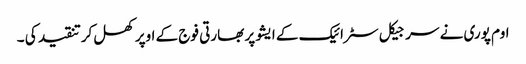
اوم پوری نے سرجیکل سٹرائیک کے ایشو پر بھارتی فوج کے اوپر کھل کرتنقید کی ۔